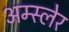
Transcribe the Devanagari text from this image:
अम्स्लेर